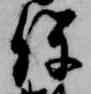
保